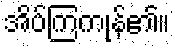
အိပ်ကြကုန်၏။